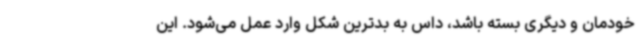
خودمان و دیگری بسته باشد، داس به بدترین شکل وارد عمل می‌شود. این